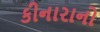
કીનારાનો